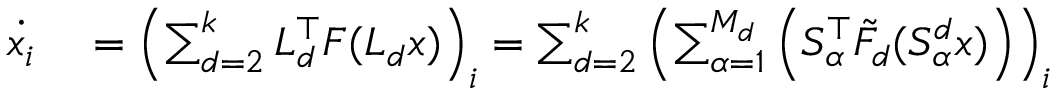
\begin{array} { r l } { \dot { x _ { i } } } & { { } = \left( \sum _ { d = 2 } ^ { k } L _ { d } ^ { \top } F ( L _ { d } x ) \right) _ { i } = \sum _ { d = 2 } ^ { k } \left( \sum _ { \alpha = 1 } ^ { M _ { d } } \left( S _ { \alpha } ^ { \top } \tilde { F } _ { d } ( S _ { \alpha } ^ { d } x ) \right) \right) _ { i } } \end{array}